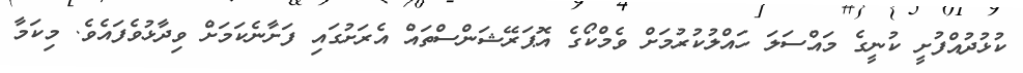
ކުޅުދުއްފުށީ ކުނީގެ މައްސަލަ ހައްލުކުރުމަށް ވެމްކޯގެ އޮޕަރޭޝަންސްތައް އެރަށުގައި ފަށާނެކަމަށް ވިދާޅުވެފައެވެ. މިކަމާ